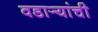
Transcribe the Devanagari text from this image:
वडार्‍यांची